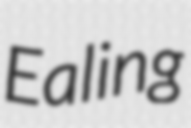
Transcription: Ealing